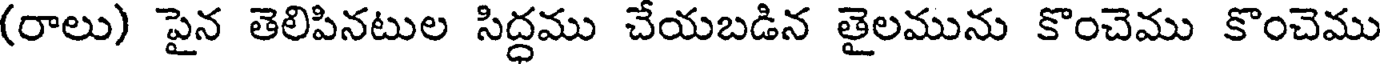
(రాలు) పైన తెలిపినటుల సిద్ధము చేయబడిన తైలమును కొంచెము కొంచెము